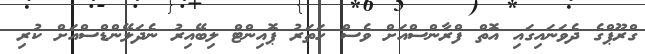
ގްރޫޕްގެ ދެވަނައިގައި އޮތް ފްރާންސްއަށް ވެސް ހަތަރު ޕޮއިންޓް ލިބޭއިރު ނެދަލޭންޑްސްއަށް ކުރި